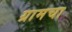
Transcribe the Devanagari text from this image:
ग्रामचा